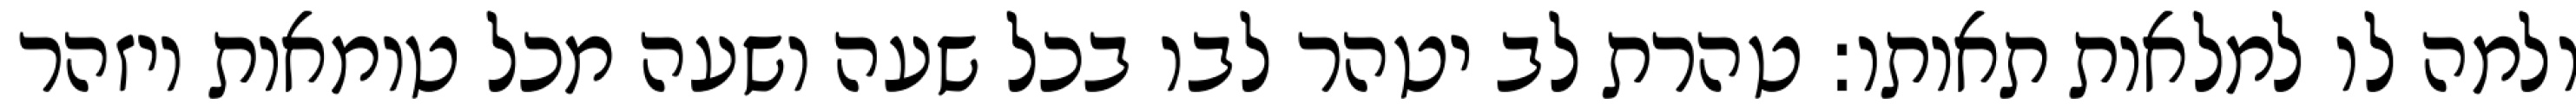
ולמה לו למלאות תאותו: טהרת לב יטהר לבו בכל שעה ושעה מכל טומאות ויזהר